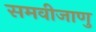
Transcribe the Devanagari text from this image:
समवीजाणु